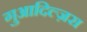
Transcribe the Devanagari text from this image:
गुआदिल्ज़रा